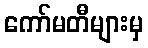
ကော်မတီများမှ